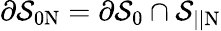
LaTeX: \partial\mathcal{S}_{0\mathrm{N}}=\partial\mathcal{S}_{0}\cap\mathcal{S}_{||\mathrm{N}}